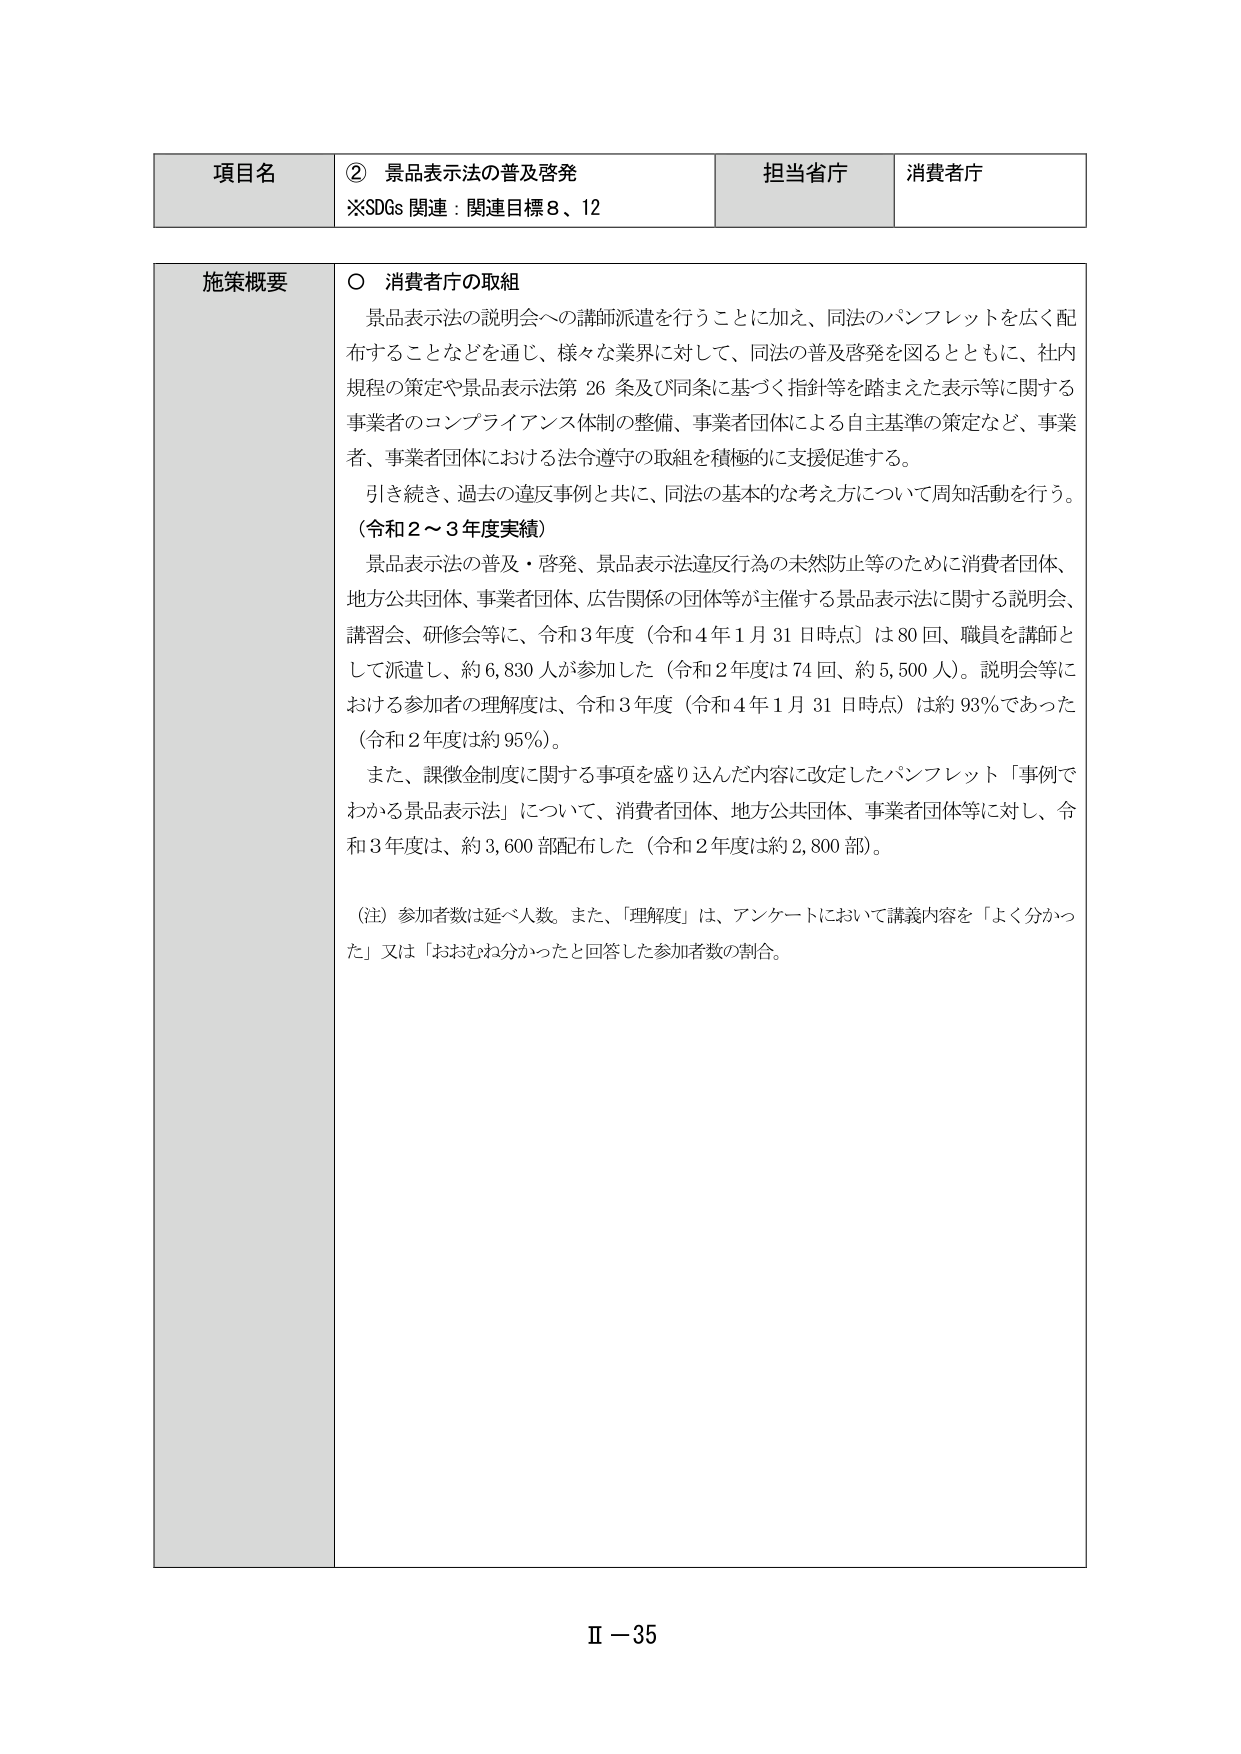
項目名 ② 景品表示法の普及啓発
※SDGs 関連：関連目標8、12
担当省庁 消費者庁

施策概要
○ 消費者庁の取組
景品表示法の説明会への講師派遣を行うことに加え、同法のパンフレットを広く配布することなどを通じ、様々な業界に対して、同法の普及啓発を図るとともに、社内規程の策定や景品表示法第26条及び同条に基づく指針等を踏まえた表示等に関する事業者のコンプライアンス体制の整備、事業者団体による自主基準の策定など、事業者、事業者団体における法令遵守の取組を積極的に支援促進する。
引き続き、過去の違反事例と共に、同法の基本的な考え方について周知活動を行う。
（令和2～3年度実績）
景品表示法の普及・啓発、景品表示法違反行為の未然防止等のために消費者団体、地方公共団体、事業者団体、広告関係の団体等が主催する景品表示法に関する説明会、講習会、研修会等に、令和3年度（令和4年1月31日時点）は80回、職員を講師として派遣し、約6,830人が参加した（令和2年度は74回、約5,500人）。説明会等における参加者の理解度は、令和3年度（令和4年1月31日時点）は約93％であった（令和2年度は約95％）。
また、課徴金制度に関する事項を盛り込んだ内容に改定したパンフレット「事例でわかる景品表示法」について、消費者団体、地方公共団体、事業者団体等に対し、令和3年度は、約3,600部配布した（令和2年度は約2,800部）。
（注）参加者数は延べ人数。また、「理解度」は、アンケートにおいて講義内容を「よく分かった」又は「おおむね分かったと回答した参加者数の割合。

Ⅱ－35